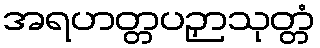
အရဟတ္တပဉှာသုတ္တံ